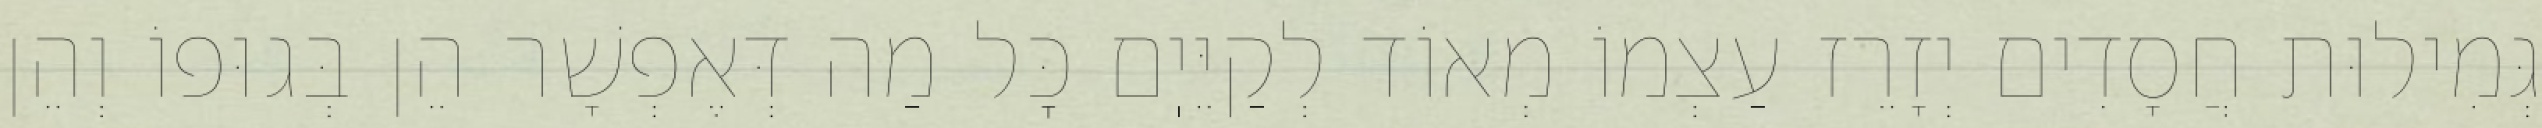
גְּמִילוּת חֲסָדִים יְזָרֵז עַצְמוֹ מְאוֹד לְקַיֵּיֽם כׇּל מַה דְּאֶפְשָׁר הֵן בְּגוּפוֹ וְהֵן